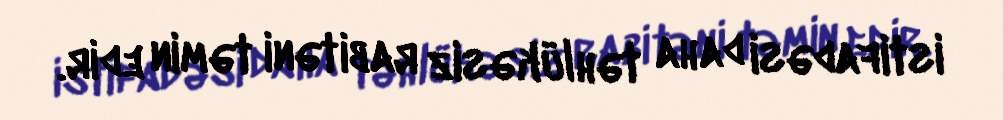
istifadəsi daha təhlükəsiz rabitəni təmin edir.